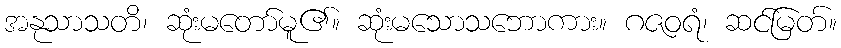
အနုသာသတိ၊ ဆုံးမတော်မူ၏။ ဆုံးမသောသဘောကား။ ဂဇဝရံ၊ ဆင်မြတ်။